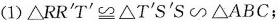
(1)$$\triangle R R^{\prime} T^{\prime} \cong \triangle T^{\prime} S^{\prime} S \backsim \triangle A B C$$;